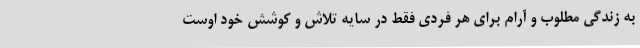
به زندگی مطلوب و آرام برای هر فردی فقط در سایه تلاش و کوشش خود اوست